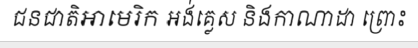
ជនជាតិអាមេរិក អង់គ្លេស និងកាណាដា ព្រោះ